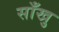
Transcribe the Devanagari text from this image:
साँखु